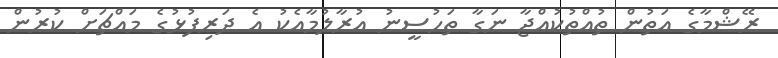
ރޭޝްމާގެ އަތުން ތުއްތުކުއްޖާ ނަގާ ތަހުސީނު އުރާލުމާއެކު އެ ދަރިފުޅުގެ މައްޗަށް ކުރުން